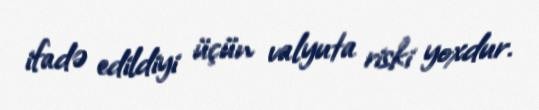
ifadə edildiyi üçün valyuta riski yoxdur.